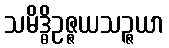
သမိဒ္ဓိဥဇ္ဇယသဉ္ဇယာ